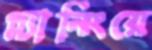
প্ল্যানিংয়ে